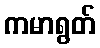
ကမာရွတ်